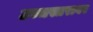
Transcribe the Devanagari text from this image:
उच्चस्तरावर